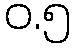
ဝ.၅